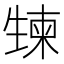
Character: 𰢯